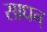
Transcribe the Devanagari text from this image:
साधन्